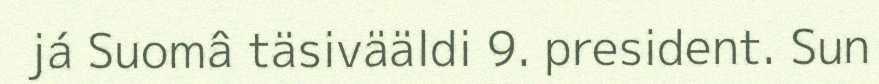
já Suomâ täsivääldi 9. president. Sun